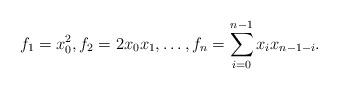
LaTeX: \begin{align*}f_1=x_0^2, f_2=2x_0x_1,\ldots, f_{n}=\sum_{i=0}^{n-1}x_{i}x_{n-1-i}.\end{align*}